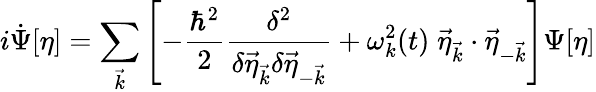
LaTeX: i\dot{\Psi}[\eta]=\sum_{\vec{k}}\left[-\frac{\hbar^{2}}{2}\frac{\delta^{2}}{\delta\vec{\eta}_{\vec{k}}\delta\vec{\eta}_{-\vec{k}}}+\omega_{k}^{2}(t)\; \vec{\eta}_{\vec{k}}\cdot\vec{\eta}_{-\vec{k}}\right]\Psi[\eta]